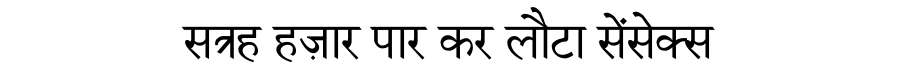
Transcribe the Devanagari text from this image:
सत्रह हज़ार पार कर लौटा सेंसेक्स